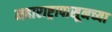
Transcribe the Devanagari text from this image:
महाराष्ट्रापासूनच्या